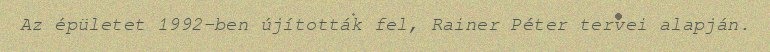
Az épületet 1992-ben újították fel, Rainer Péter tervei alapján.